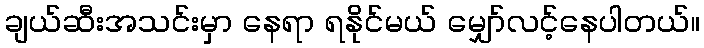
ချယ်ဆီးအသင်းမှာ နေရာ ရနိုင်မယ် မျှော်လင့်နေပါတယ်။